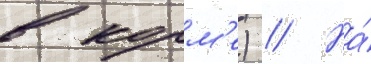
в корм'е) // На́